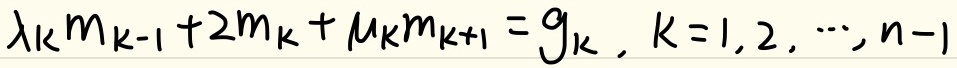
$\lambda_k m_{k - 1} + 2m_k + \mu_k m_{k + 1} = g_k ,\ k = 1,2, \cdots, n - 1$